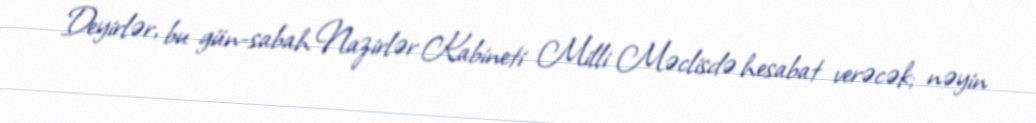
Deyirlər, bu gün-sabah Nazirlər Kabineti Milli Məclisdə hesabat verəcək; nəyin